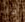
ما